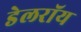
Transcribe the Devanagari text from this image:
डेलराॅय